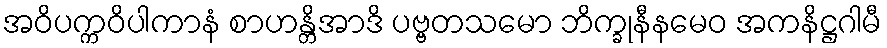
အဝိပက္ကဝိပါကာနံ စာဟန္တိအာဒိ ပဗ္ဗတသမော ဘိက္ခုနီနမေဝ အကနိဋ္ဌဂါမီ